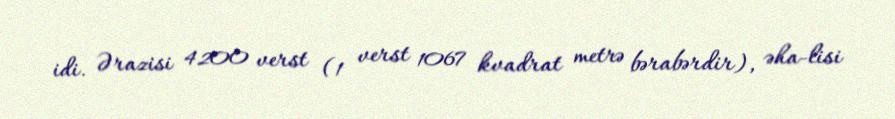
idi. Ərazisi 4200 verst (1 verst 1067 kvadrat metrə bərabərdir), əha-lisi